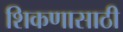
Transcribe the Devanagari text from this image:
शिकणासाठी